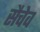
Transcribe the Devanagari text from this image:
सैचेव